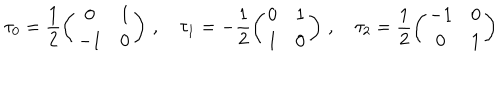
\tau _ { 0 } = \frac 1 2 \left( \begin{array} { c c } { { 0 } } & { { 1 } } \\ { { - 1 } } & { { 0 } } \\ \end{array} \right) \, , \quad \tau _ { 1 } = - \frac 1 2 \left( \begin{array} { c c } { { 0 } } & { { 1 } } \\ { { 1 } } & { { 0 } } \\ \end{array} \right) \, , \quad \tau _ { 2 } = \frac 1 2 \left( \begin{array} { c c } { { - 1 } } & { { 0 } } \\ { { 0 } } & { { 1 } } \\ \end{array} \right) \,